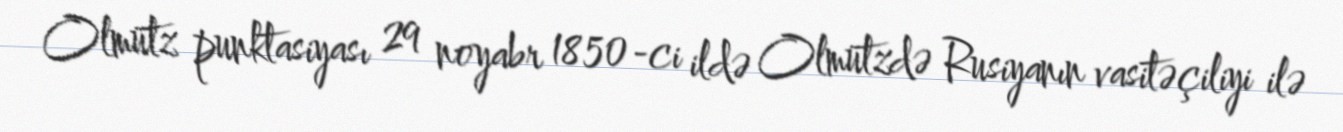
Olmütz punktasiyası 29 noyabr 1850-ci ildə Olmützdə Rusiyanın vasitəçiliyi ilə